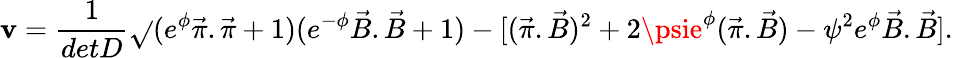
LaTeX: \mathbf{v}=\frac{{1}}{{detD}}\sqrt{}{{(e^{\phi}\vec{{\pi}}.\vec{{\pi}}+1)(e^{-\phi}\vec{{B}}.\vec{{B}}+1)-[(\vec{{\pi}}.\vec{{B}})^{2}+2\psie^{\phi}(\vec{{\pi}}.\vec{{B}})-\psi^{2}e^{\phi}\vec{{B}}.\vec{{B}}]}}.